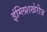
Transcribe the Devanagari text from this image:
इंग्लिशखेरीज